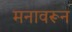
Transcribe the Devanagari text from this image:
मनावरून